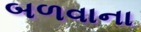
બળવાના